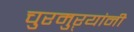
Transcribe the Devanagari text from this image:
चुरमुऱ्यांनी